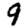
Digit: 9